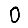
Digit: 0